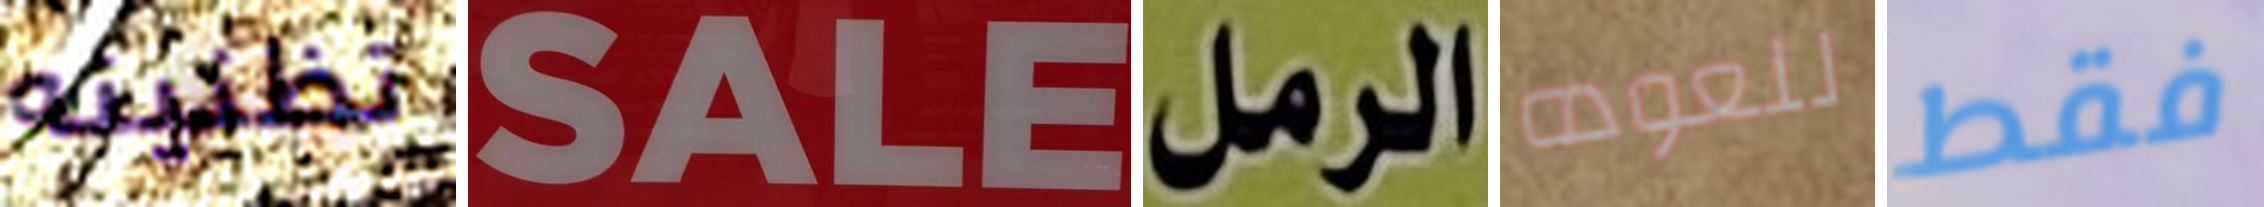
تظنينه SALE الرمل للعوده فقط